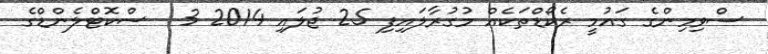
ސްވިމިންގެ ގައުމީ ރެކޯޑްތަކެއް މުގުރާލައިފި 25 ޖުލައި 2014 3  ސްކޮޓްލެންޑްގެ